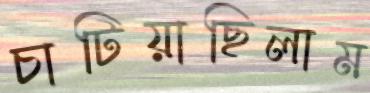
চাটিয়াছিলাম